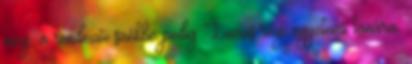
meg, a rendezői székbe pedig Lucas régi egyetemi tanára,